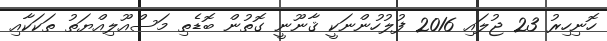
ހޮނިހިރު 23 ޖުލައި 2016 ފުލުހުންނަކީ ޤާނޫނީ ގޮތުން ބޮޑެތި މަސްއޫލިއްޔަތު ތަކަކާއި